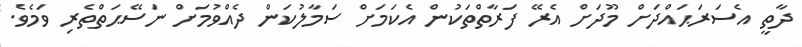
ދާތީ އެސަރަޙައްދަށް މޫދަށް އެރޭ ފަރާތްތަކުން އެކަމަށް ސަމާލުކަން ދެއްވުމަށް ނަސޭޙަތްތެރި ވަމެވެ.